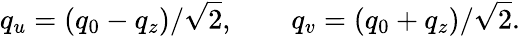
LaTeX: q_{u}=(q_{0}-q_{z})/\sqrt{2},\qquad q_{v}=(q_{0}+q_{z})/\sqrt{2}.